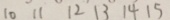
1 0 1 1 1 2 1 3 1 4 1 5